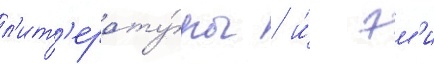
л'ит'ерату́ры / и́ эм'и